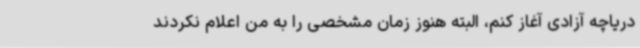
دریاچه آزادی آغاز کنم، البته هنوز زمان مشخصی را به من اعلام نکردند